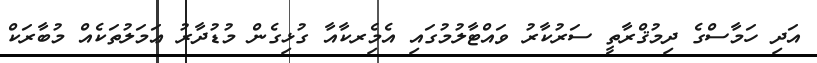
އަދި ހަމާސްގެ ދިމުޤްރާތީ ސަރުކާރު ވައްޓާލުމުގައި އެމެިރކާއާ ގުޅިގެން މުޑުދާރު ޢަމަލުތަކެއް މުބާރަކް